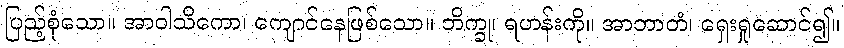
ပြည့်စုံသော။ အာဝါသိကော၊ ကျောင်နေဖြစ်သော။ ဘိက္ခု၊ ရဟန်းကို။ အာဘာတံ၊ ရှေးရှုဆောင်၍။